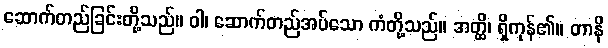
ဆောက်တည်ခြင်းတို့သည်။ ဝါ၊ ဆောက်တည်အပ်သော ကံတို့သည်။ အတ္ထိ၊ ရှိကုန်၏။ တာနိ